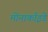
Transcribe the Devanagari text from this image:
मोनार्काइडे